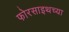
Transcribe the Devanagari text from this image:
फोरसाइथच्या